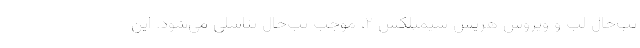
تب‌خال لب و ویروس هرپس سیمپلکس ۲، موجب تب‌خال تناسلی می‌شود. این